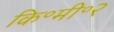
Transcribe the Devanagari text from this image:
कि॰मी॰२